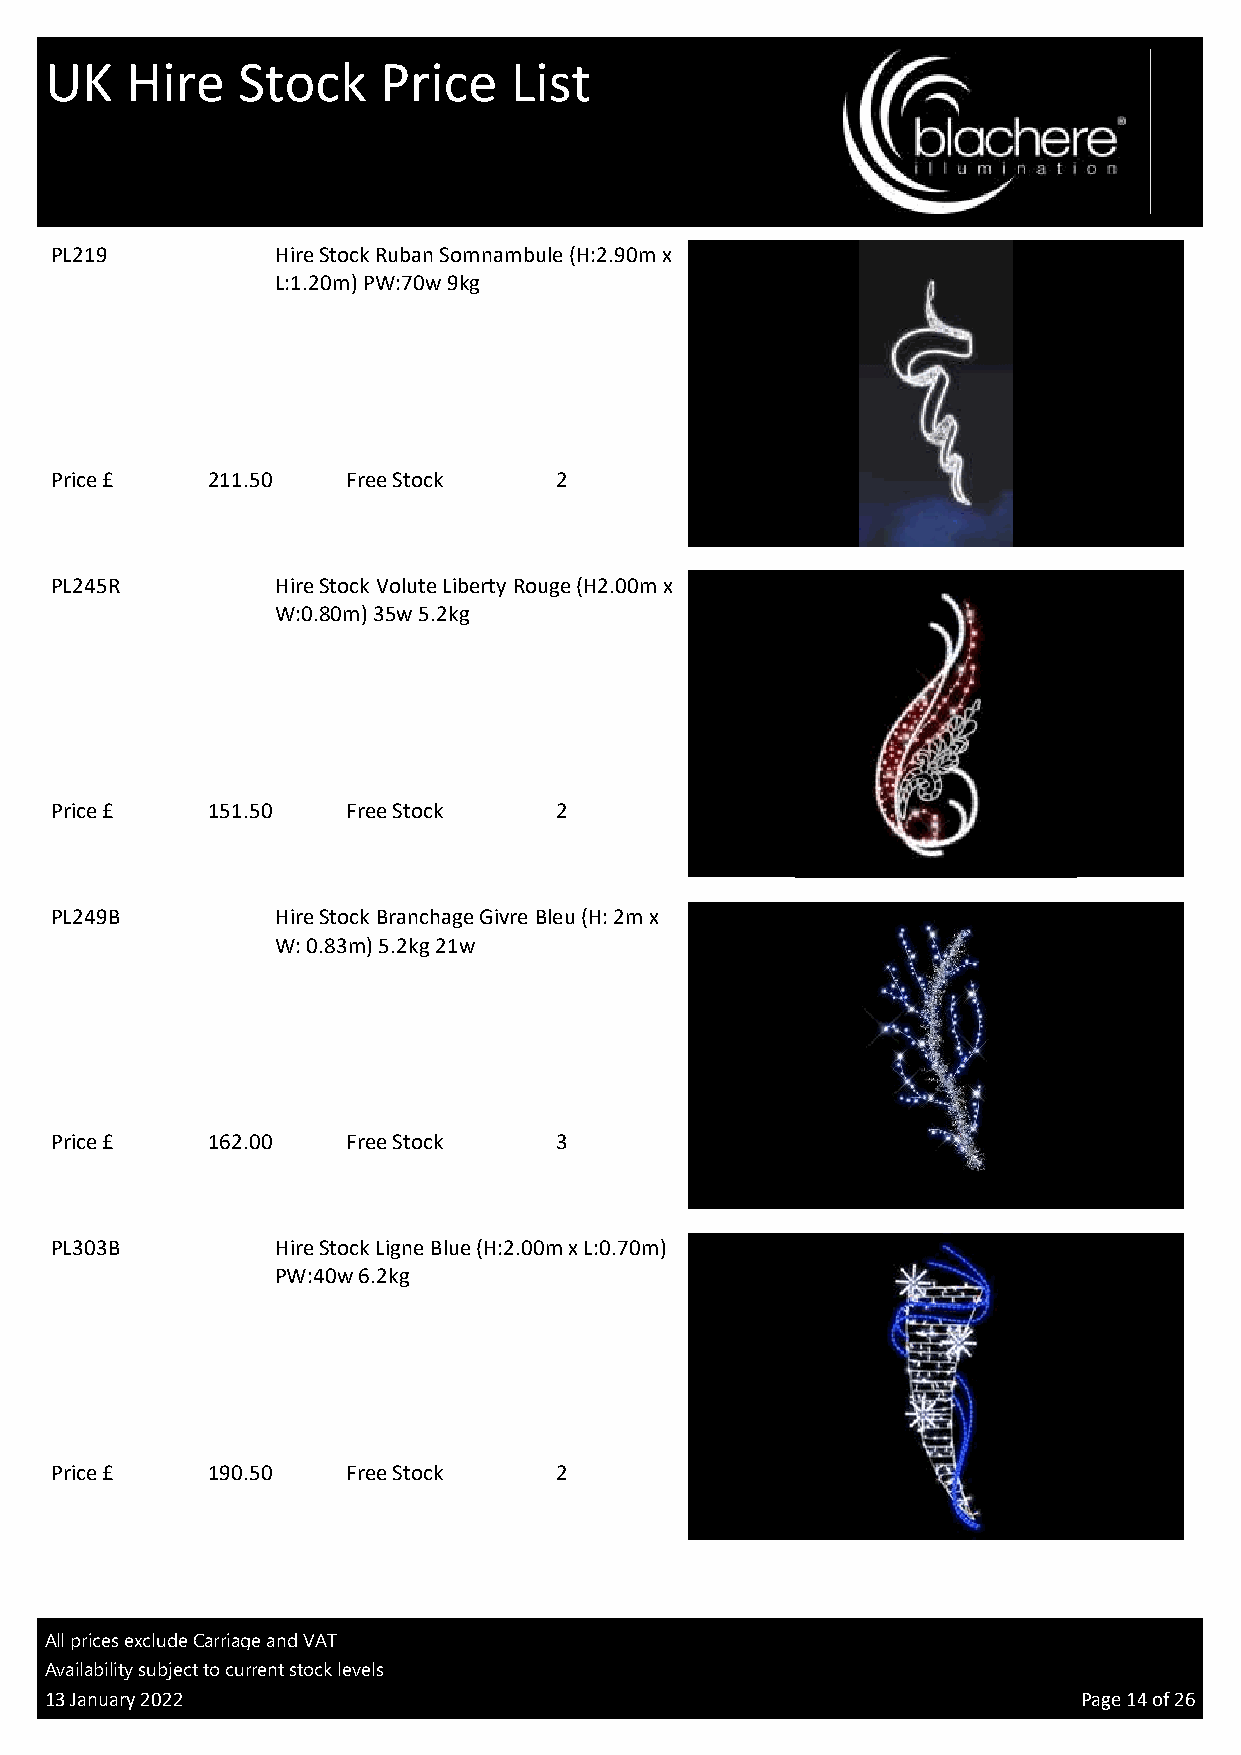
UK   Hire    Stock    Price    List
 PL219          Hire Stock Ruban Somnambule (H:2.90m x
 L:1.20m) PW:70w 9kg
 Price £    211.50   Free Stock    2
 PL
 PL245R         Hire Stock Volute Liberty Rouge (H2.00m x
 W:0.80m) 35w 5.2kg
 Price £    151.50   Free Stock    2
 PL
 PL249B         Hire Stock Branchage Givre Bleu (H: 2m x
 W: 0.83m) 5.2kg 21w
 Price £    162.00   Free Stock    3
 PL
 PL303B         Hire Stock Ligne Blue (H:2.00m x L:0.70m)
 PW:40w 6.2kg
 Price £    190.50   Free Stock    2
 PL
 All prices exclude Carriage and VAT
 Availability subject to current stock levels
 13 January 2022                                                      Page 14 of 26